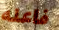
فاعله